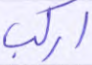
اركب